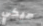
ميكي